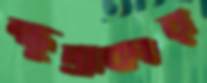
ক্ষুদ্রাকার